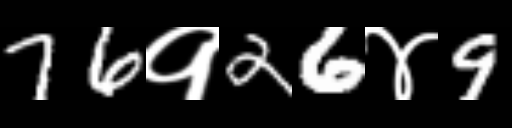
Text: 76१26४9